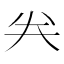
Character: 𠔉